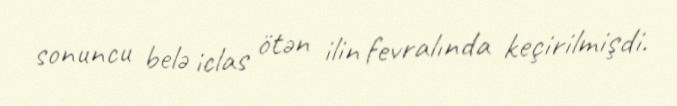
sonuncu belə iclas ötən ilin fevralında keçirilmişdi.